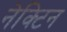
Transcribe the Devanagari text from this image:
नेक्टिन